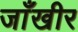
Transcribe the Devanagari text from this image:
जाँखीर